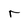
Character: r